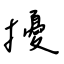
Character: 擾